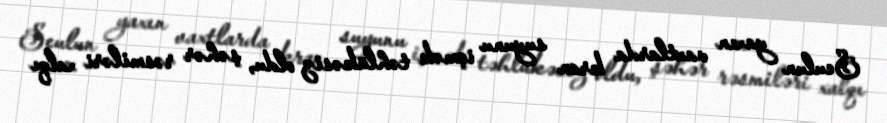
Seulun yaxın vaxtlarda kran suyunu içmək təhlükəsiz oldu, şəhər rəsmiləri xalqı